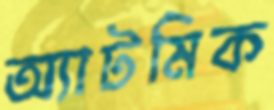
অ্যাটমিক